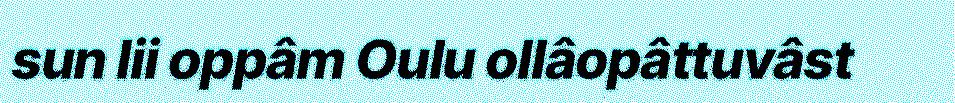
sun lii oppâm Oulu ollâopâttuvâst